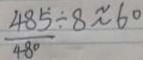
\frac { 4 8 5 } { 4 8 0 } \div 8 \approx 6 0